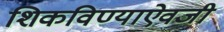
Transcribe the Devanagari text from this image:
शिकविण्याऐवजी